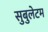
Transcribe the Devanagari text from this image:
सुबुलेटम